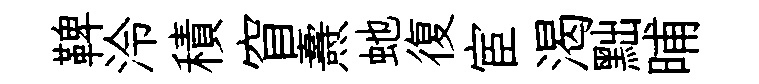
鞞泠積窅燾虵復宦渴黜晡